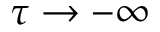
\tau \to - \infty